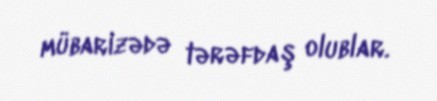
mübarizədə tərəfdaş olublar.